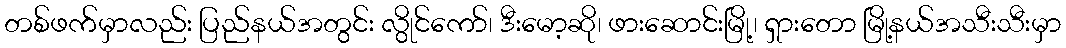
တစ်ဖက်မှာလည်း ပြည်နယ်အတွင်း လွိုင်ကော်၊ ဒီးမော့ဆို၊ ဖားဆောင်းမြို့၊ ရှားတော မြို့နယ်အသီးသီးမှာ